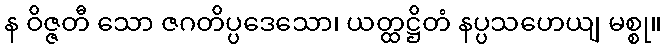
န ဝိဇ္ဇတီ သော ဇဂတိပ္ပဒေသော၊ ယတ္ထဋ္ဌိတံ နပ္ပသဟေယျ မစ္စု။